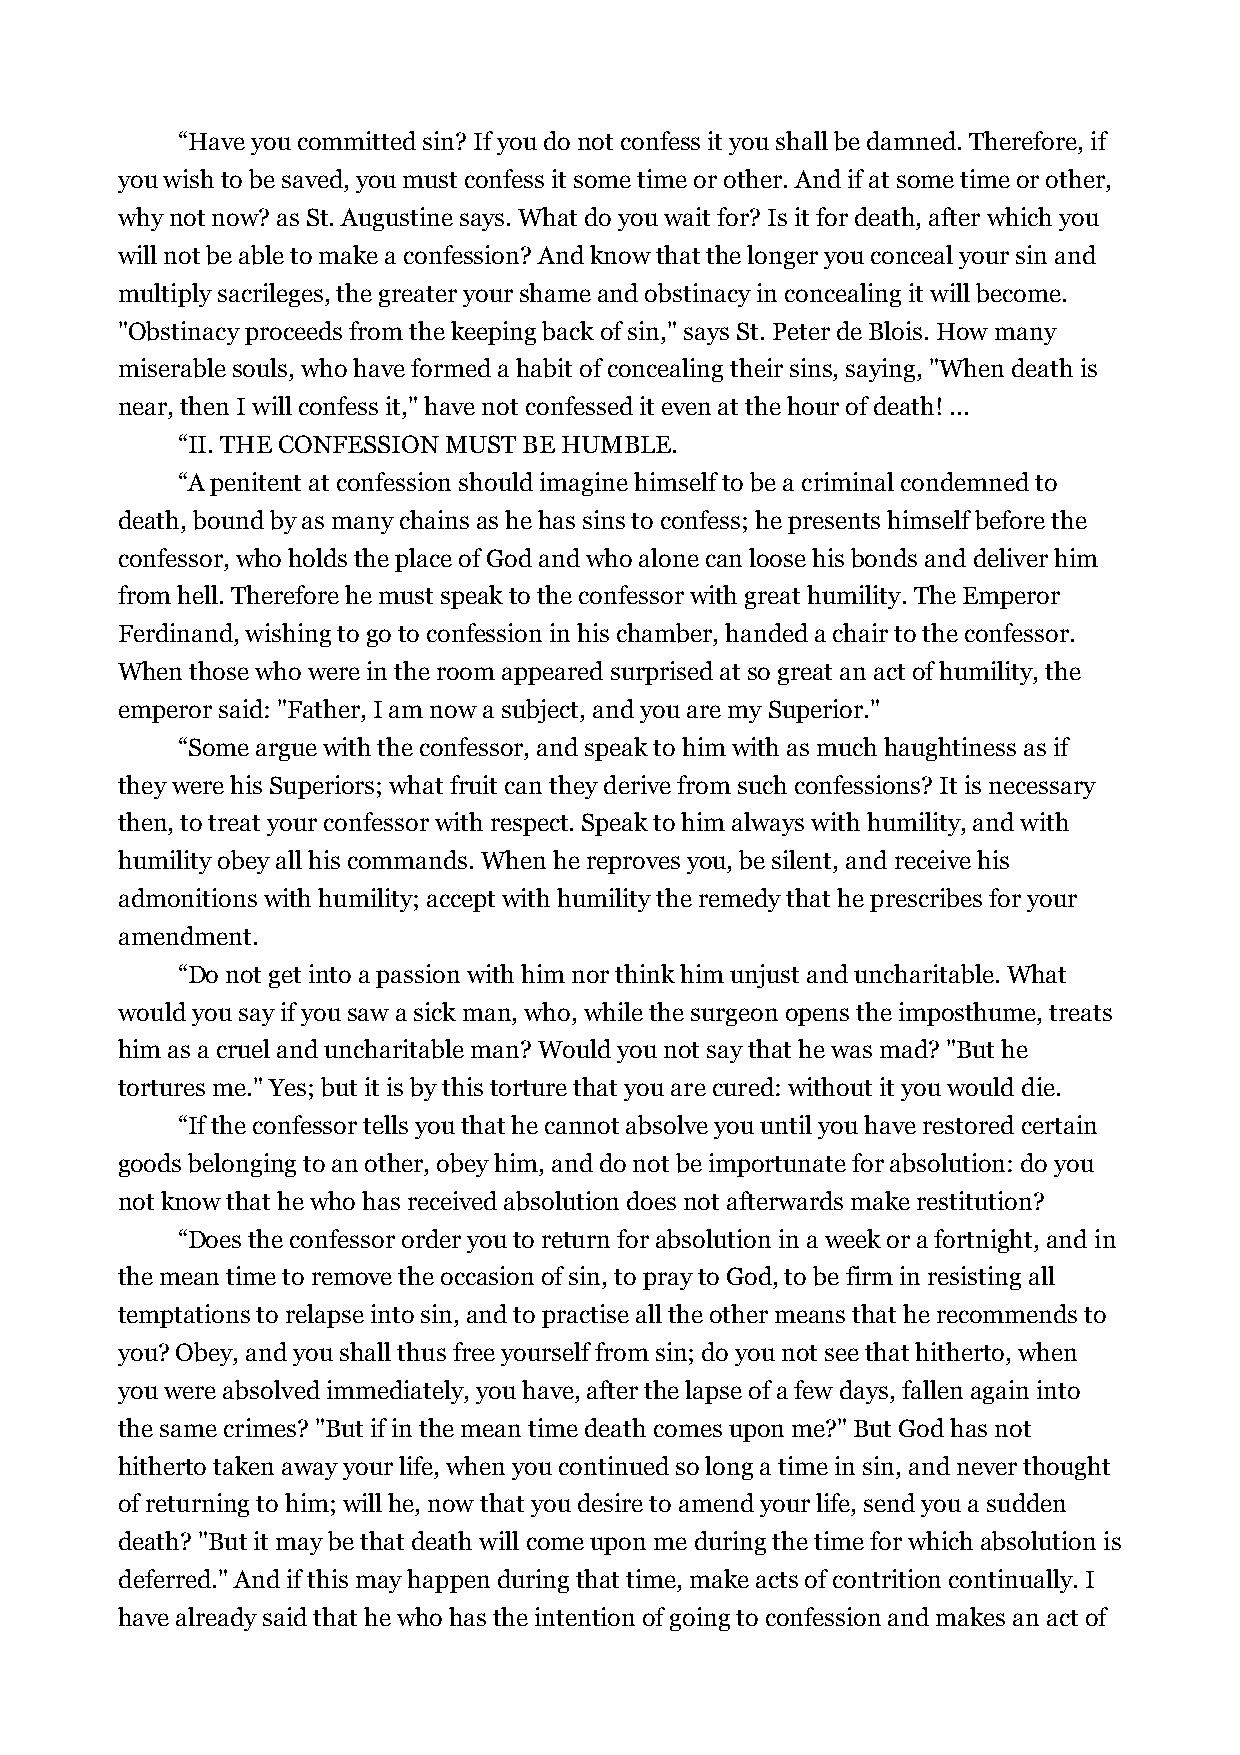
“Have you committed sin? If you do not confess it you shall be damned. Therefore, if
 you wish to be saved, you must confess it some time or other. And if at some time or other,
 why not now? as St. Augustine says. What do you wait for? Is it for death, after which you
 will not be able to make a confession? And know that the longer you conceal your sin and
 multiply sacrileges, the greater your shame and obstinacy in concealing it will become.
 "Obstinacy proceeds from the keeping back of sin," says St. Peter de Blois. How many
 miserable souls, who have formed a habit of concealing their sins, saying, "When death is
 near, then I will confess it," have not confessed it even at the hour of death! ...
 “II. THE CONFESSION MUST BE HUMBLE.
 “A penitent at confession should imagine himself to be a criminal condemned to
 death, bound by as many chains as he has sins to confess; he presents himself before the
 confessor, who holds the place of God and who alone can loose his bonds and deliver him
 from hell. Therefore he must speak to the confessor with great humility. The Emperor
 Ferdinand, wishing to go to confession in his chamber, handed a chair to the confessor.
 When those who were in the room appeared surprised at so great an act of humility, the
 emperor said: "Father, I am now a subject, and you are my Superior."
 “Some argue with the confessor, and speak to him with as much haughtiness as if
 they were his Superiors; what fruit can they derive from such confessions? It is necessary
 then, to treat your confessor with respect. Speak to him always with humility, and with
 humility obey all his commands. When he reproves you, be silent, and receive his
 admonitions with humility; accept with humility the remedy that he prescribes for your
 amendment.
 “Do not get into a passion with him nor think him unjust and uncharitable. What
 would you say if you saw a sick man, who, while the surgeon opens the imposthume, treats
 him as a cruel and uncharitable man? Would you not say that he was mad? "But he
 tortures me." Yes; but it is by this torture that you are cured: without it you would die.
 “If the confessor tells you that he cannot absolve you until you have restored certain
 goods belonging to an other, obey him, and do not be importunate for absolution: do you
 not know that he who has received absolution does not afterwards make restitution?
 “Does the confessor order you to return for absolution in a week or a fortnight, and in
 the mean time to remove the occasion of sin, to pray to God, to be firm in resisting all
 temptations to relapse into sin, and to practise all the other means that he recommends to
 you? Obey, and you shall thus free yourself from sin; do you not see that hitherto, when
 you were absolved immediately, you have, after the lapse of a few days, fallen again into
 the same crimes? "But if in the mean time death comes upon me?" But God has not
 hitherto taken away your life, when you continued so long a time in sin, and never thought
 of returning to him; will he, now that you desire to amend your life, send you a sudden
 death? "But it may be that death will come upon me during the time for which absolution is
 deferred." And if this may happen during that time, make acts of contrition continually. I
 have already said that he who has the intention of going to confession and makes an act of